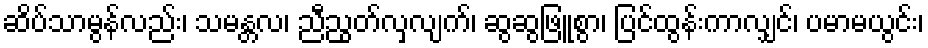
ဆိပ်သာမွန်လည်း၊ သမန္တလ၊ ညီညွတ်လှလျက်၊ ဆွဆွဖြူစွာ၊ ပြင်ထွန်းကာလျှင်၊ ပမာမယွင်း၊